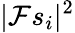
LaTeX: |\mathcal{F}s_{i}|^{2}